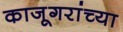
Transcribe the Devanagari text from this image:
काजूगरांच्या